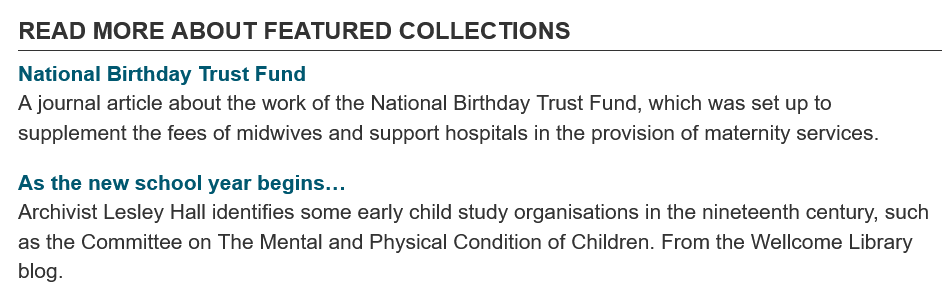
National Birthday Trust Fund
  As the new school year begins...
  READ   MORE   ABOUT    FEATURED    COLLECTIONS
  A journal article about the work of the National Birthday Trust Fund, which was set up to
  supplement the fees of midwives and support hospitals in the provision of maternity services.
  Archivist Lesley Hall identifies
     some early child study organisations in the nineteenth century, such
  as the Committee on The Mental and Physical Condition of Children. From the Wellcome Library
  blog.